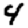
Digit: 4